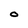
Character: O